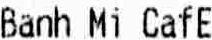
BANH MI CAFE